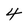
Character: 4